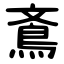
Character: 鴍